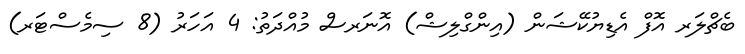
ބެޗްލަރ އޮފް އެޑިޔުކޭޝަން (އިންގްލިޝް) އޮނަރސް މުއްދަތު: 4 އަހަރު (8 ސިމެސްޓަރ)